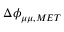
\Delta \phi _ { \mu \mu , M E T }